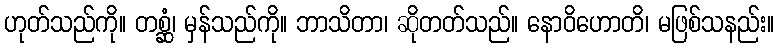
ဟုတ်သည်ကို။ တစ္ဆံ၊ မှန်သည်ကို။ ဘာသိတာ၊ ဆိုတတ်သည်။ နောဝိဟောတိ၊ မဖြစ်သနည်း။